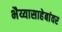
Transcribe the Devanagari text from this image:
भैय्यासाहेबांवर